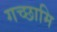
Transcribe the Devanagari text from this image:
गच्छामि